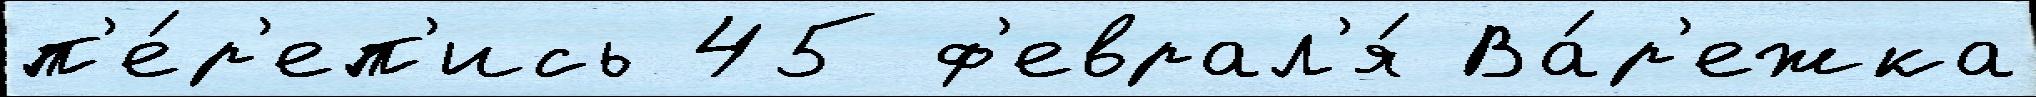
п'е́р'еп'ись 45 ф'еврал'я́ Ва́р'ежка